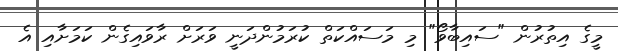
މީގެ އިތުރުން "ސައިބާވޯ" މި މަސައްކަތް ކުރަމުންދަނީ ވަރަށް ރާވައިގެން ކަމަށާއި އެ